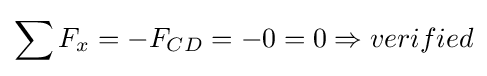
\sum F_{x}=-F_{CD}=-0=0\Rightarrow verified